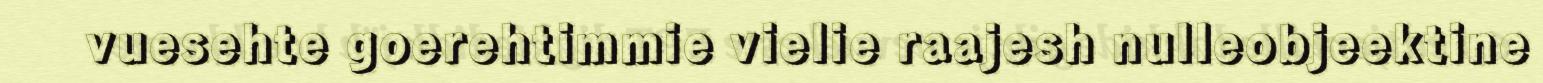
vuesehte goerehtimmie vielie raajesh nulleobjeektine